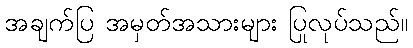
အချက်ပြ အမှတ်အသားများ ပြုလုပ်သည်။